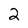
Character: 2